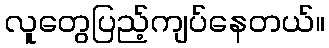
လူတွေပြည့်ကျပ်နေတယ်။